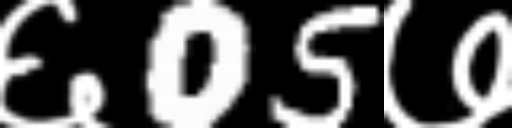
Text: ६05७